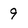
Character: 9